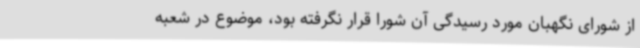
از شورای نگهبان مورد رسیدگی آن شورا قرار نگرفته بود، موضوع در شعبه